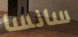
سانسا